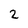
Character: 2